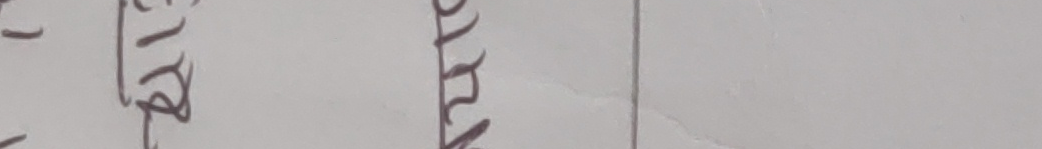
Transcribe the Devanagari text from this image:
मापदण्ड